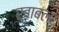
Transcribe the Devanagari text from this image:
रुबाबल